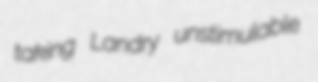
taking Landry unstimulable